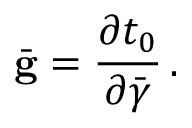
\bar { \bf g } = \frac { \partial t _ { 0 } } { \partial \bar { \boldsymbol { \gamma } } } \, .